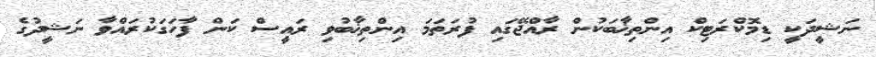
ނަޝީދަކީ ޑިމޮކްރަޓިކް އިންތިޚާބަކުން ރާއްޖޭގައި ފުރަތަމަ އިންތިޚާބުވި ރައީސް ކަން ފާހަގަކުރައްވާ ނަޝީދުގެ